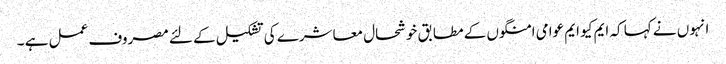
انہوں نے کہا کہ ایم کیو ایم عوامی امنگوں کے مطابق خوشحال معاشرے کی تشکیل کے لئے مصروف عمل ہے ۔